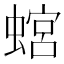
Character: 𧎡